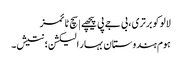
لالو کو برتری، بی جے پی پیچھے | سچ ٹائمز
ہوم ہندوستان بہار الیکشن؛ نتیش۔